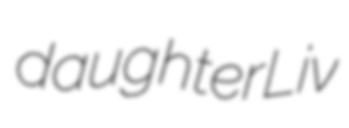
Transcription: daughter Liv